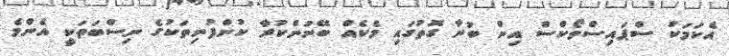
އެކަމަކު ސްޕައިސްވޯކްސް އިން ބުނާ ގޮތުގައި މެކެއް ބޭނުންކުރާ ކުންފުނިތަކުގެ ނިސްބަތަކީ އެންމެ